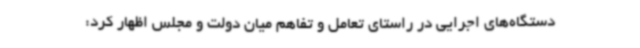
دستگاه‌های اجرایی در راستای تعامل و تفاهم میان دولت و مجلس اظهار کرد: